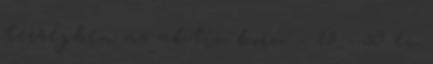
térségben az aktív korú – 15 - 59 év